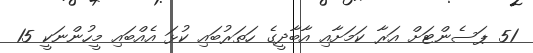
51 ޕަސެންޓަށް އަރާ ކަމަށާއި އާބާދީގެ ހަތަރުބައި ކުޅަ އެއްބައި މީހުންނަކީ 15